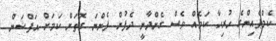
ކެމްޕެއިންގެ ހުރިހާ ކަމެއް ވެސް ގެންދާނީ ދެފުށް ފެންނަ ގޮތަށް ކަމަށް އަފްޝަން